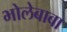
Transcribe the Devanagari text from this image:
भोलेबाबा